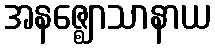
အနဇ္ဈောသာနာယ